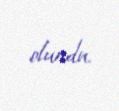
olundu.